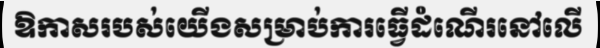
ឱកាសរបស់យើងសម្រាប់ការធ្វើដំណើរនៅលើ